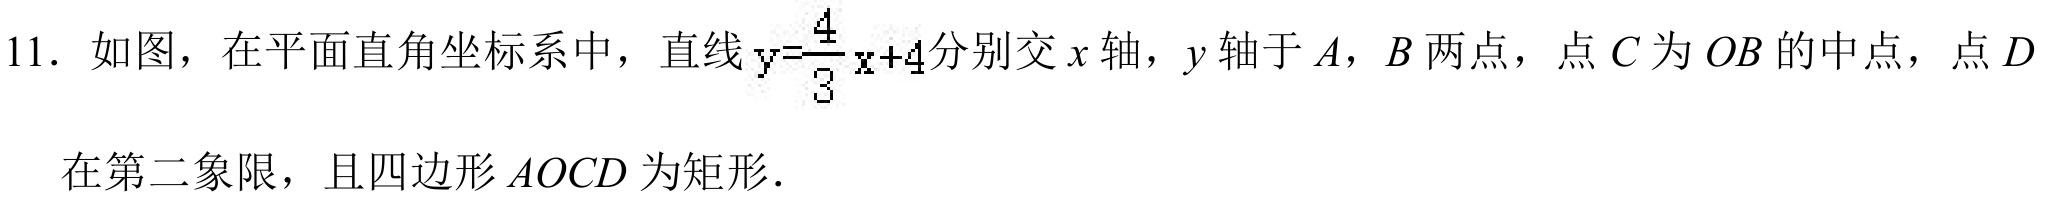
11. 如图，在平面直角坐标系中，直线\(y = \frac{4}{3}x + 4\)分别交\(x\)轴，\(y\)轴于\(A\)，\(B\)两点，点\(C\)为\(OB\)的中点，点\(D\)
在第二象限，且四边形\(AOCD\)为矩形．